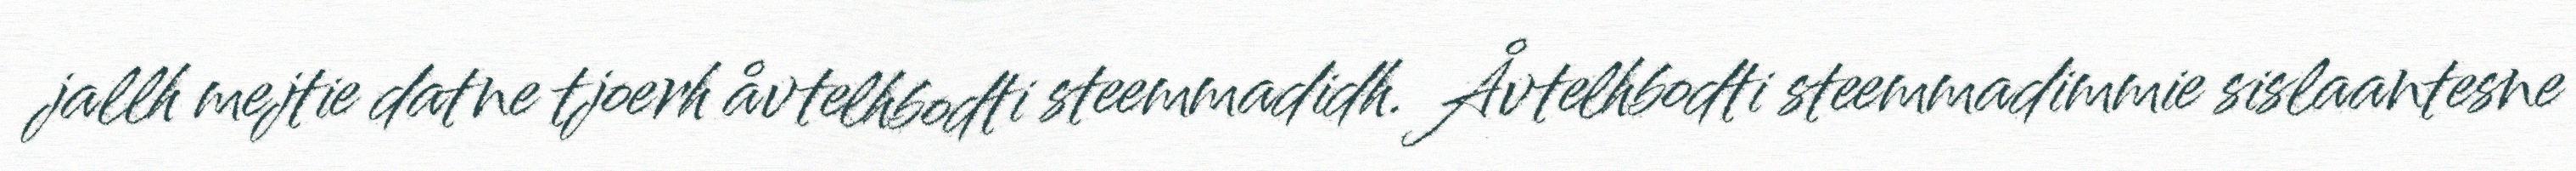
jallh mejtie datne tjoerh åvtelhbodti steemmadidh. Åvtelhbodti steemmadimmie sislaantesne